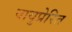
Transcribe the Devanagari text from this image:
वायुप्रेरित